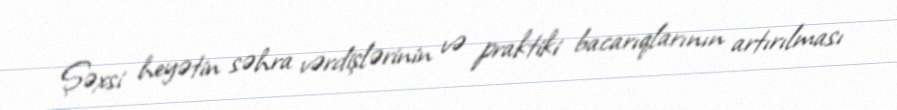
Şəxsi heyətin səhra vərdişlərinin və praktiki bacarıqlarının artırılması